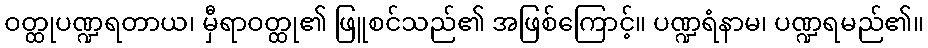
ဝတ္ထုပဏ္ဍရတာယ၊ မှီရာဝတ္ထု၏ ဖြူစင်သည်၏ အဖြစ်ကြောင့်။ ပဏ္ဍရံနာမ၊ ပဏ္ဍရမည်၏။